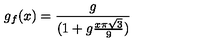
g _ { f } ( x ) = { \frac { g } { ( 1 + g { \frac { x \pi \sqrt { 3 } } { 9 } } ) } }